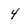
Character: 4